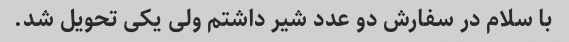
با سلام در سفارش دو عدد شیر داشتم ولی یکی تحویل شد.